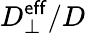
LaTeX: D_{\perp}^{\mathsf{eff}}/D